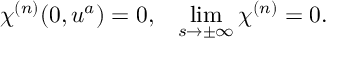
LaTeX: \chi ^ { ( n ) } ( 0 , u ^ { a } ) = 0 , \; \; \; \operatorname * { l i m } _ { s \rightarrow \pm \infty } \chi ^ { ( n ) } = 0 .